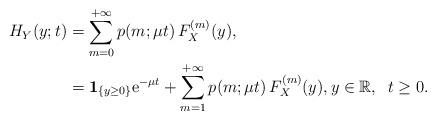
LaTeX: \begin{align*} H_Y(y;t)&= \sum_{m=0}^{+\infty} p(m;\mu t)\,F^{(m)}_X(y), \\ &={\bf 1}_{\{y\geq 0\}} {\rm e}^{-\mu t} +\sum_{m=1}^{+\infty} p(m;\mu t)\,F^{(m)}_X(y), y\in{\mathbb R}, \;\; t\geq 0. \end{align*}